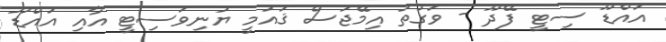
އައްޑޫ ސިޓީ ފޭދޫ - ވަގުތު އިމޭޖަސް ޤައުމީ ޔުނިވަސިޓީ އާއި އައްޑޫ